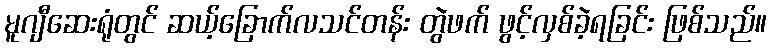
မူဂျီဆေးရုံတွင် ဆယ့်ခြောက်လသင်တန်း တွဲဖက် ဖွင့်လှစ်ခဲ့ရခြင်း ဖြစ်သည်။